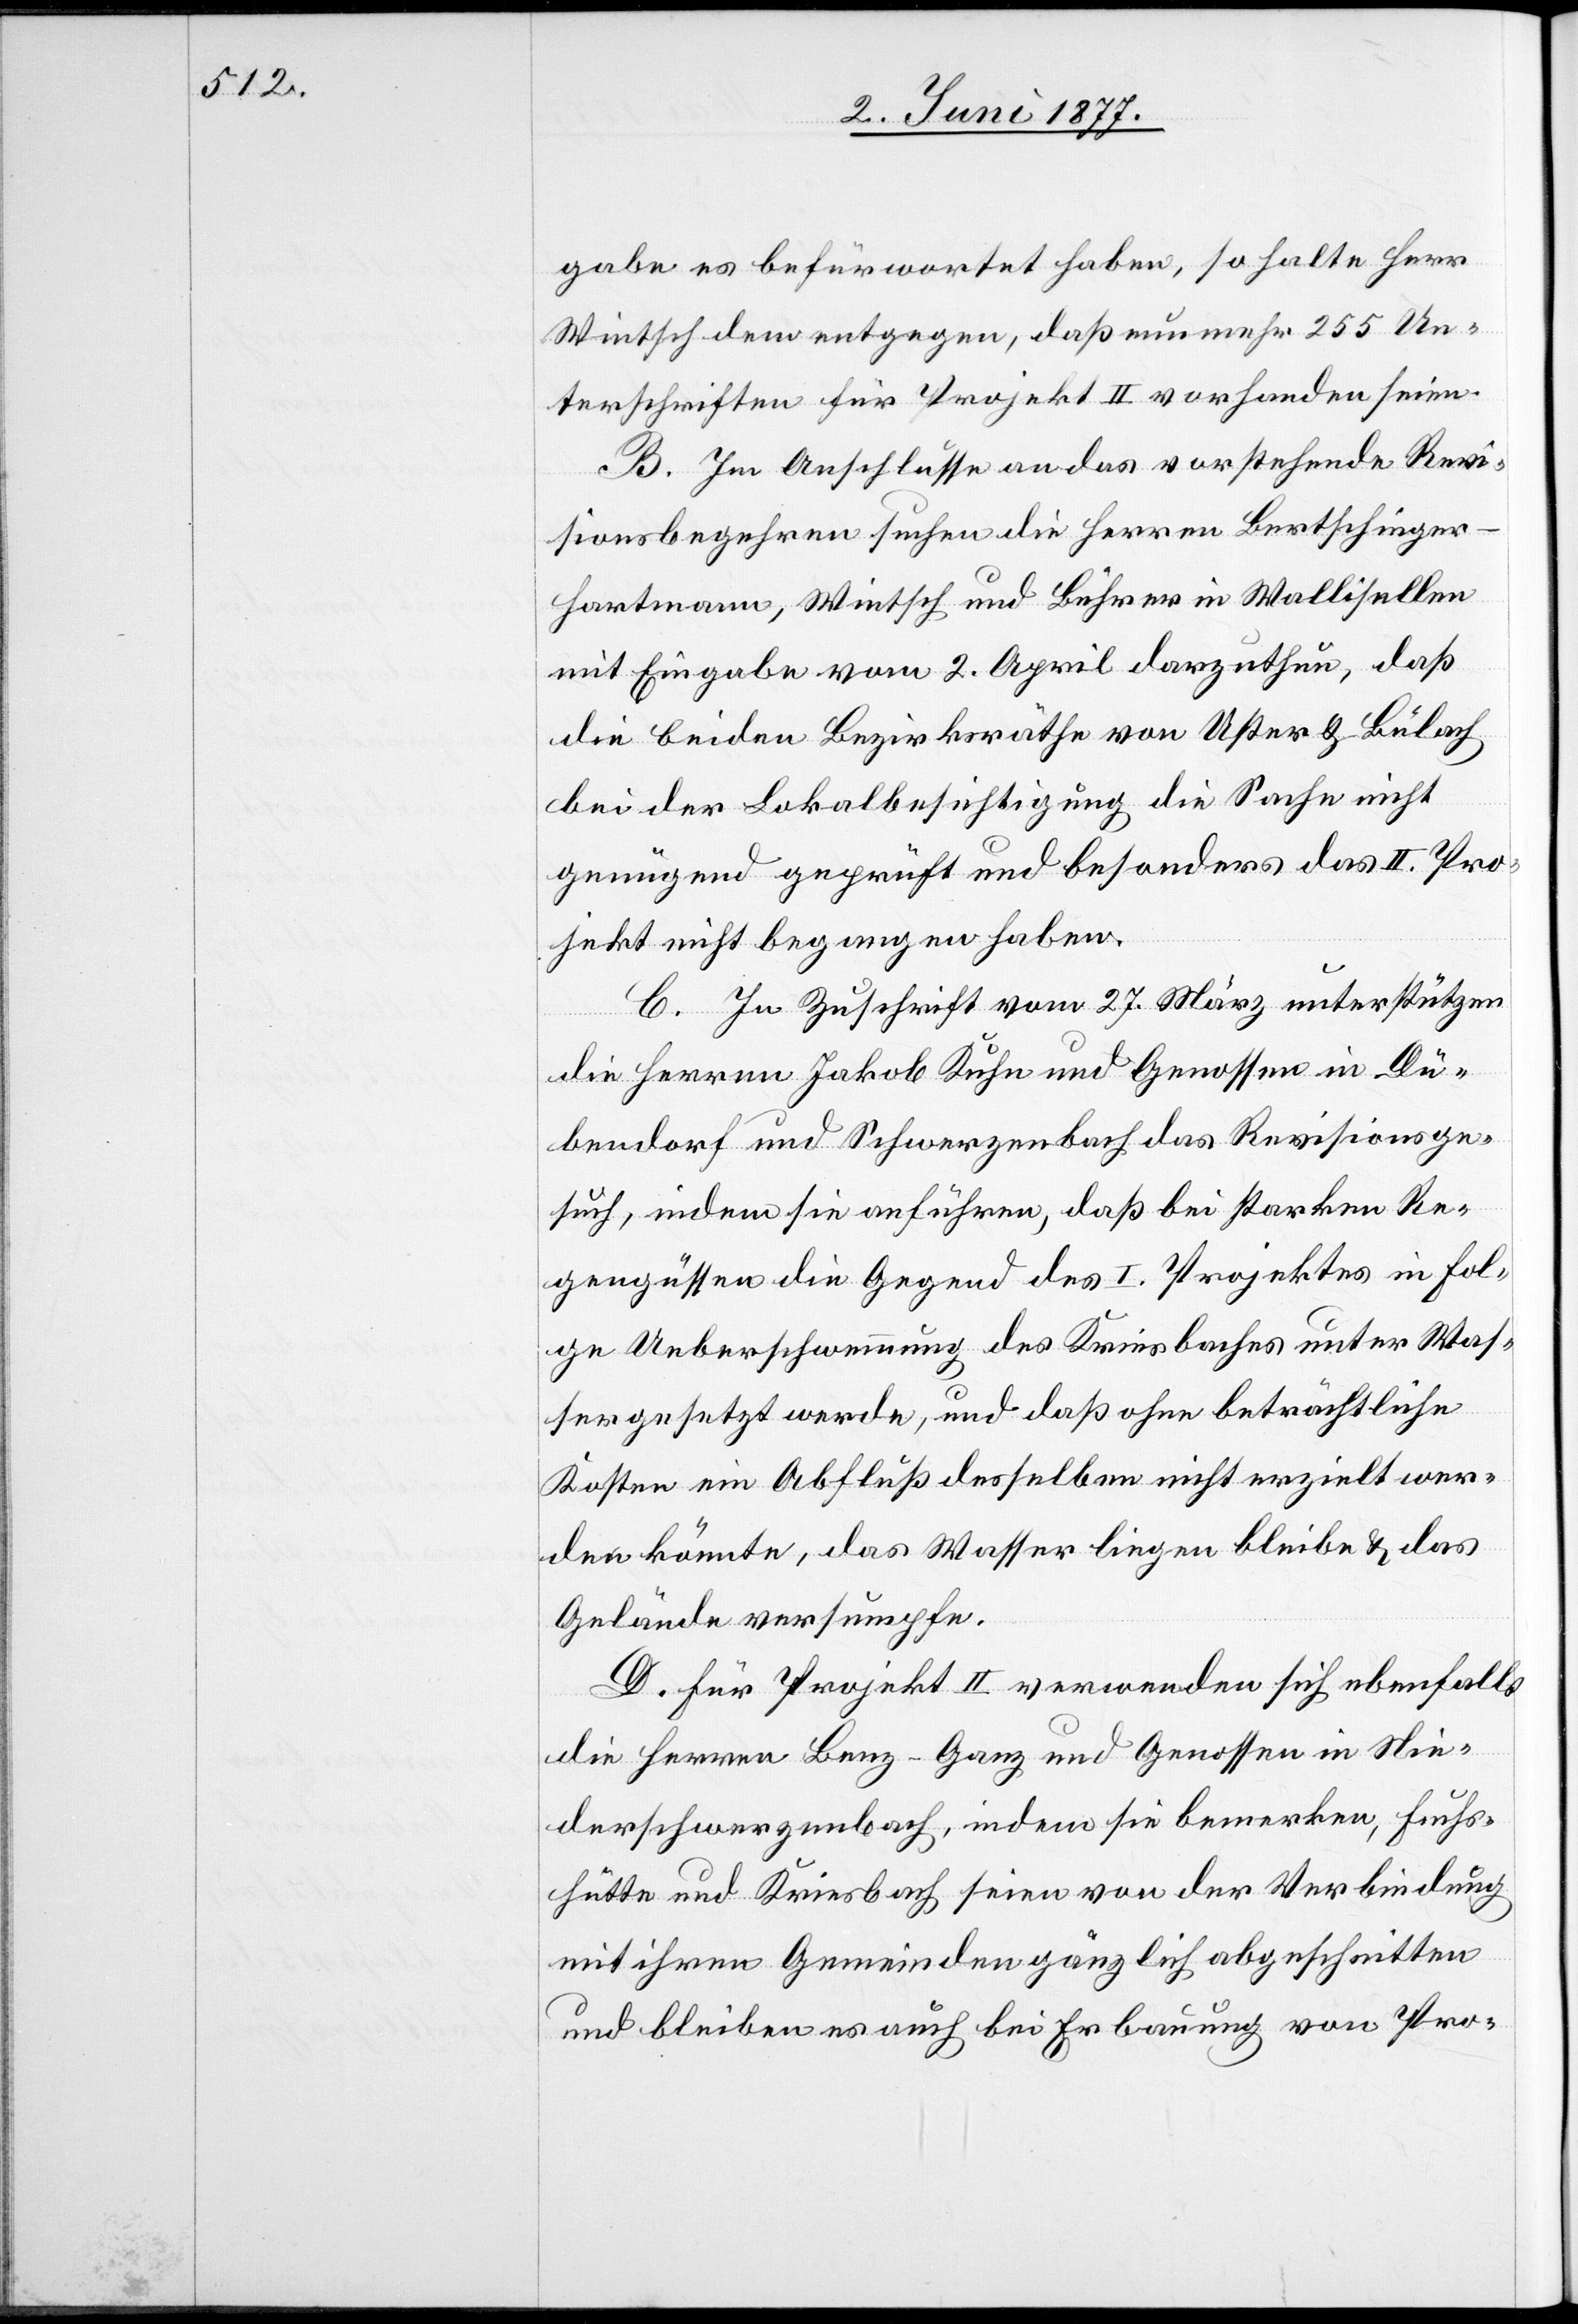
gabe es befürwortet haben, so halte Herr
Wintsch dem entgegen, daß nunmehr 255 Un¬
terschriften für Projekt II vorhanden seien.
B. Im Anschlusse an das vorstehende Revi¬
sionsbegehren suchen die Herren Bertschinge¬
r-Hartmann, Wintsch und Bührer in Wallisellen
mit Eingabe vom 2 April darzuthun, daß
die beiden Bezirksräthe von Uster & Bülach
bei der Lokalbesichtigung die Sache nicht
genügend geprüft und besonders das II. Pro¬
jekt nicht begangen haben.
C. In Zuschrift vom 27. März unterstützen
die Herren Jakob Kuhn und Genossen in Dü¬
bendorf und Schwerzenbach das Revisionsge¬
such, indem sie anführen, daß bei starken Re¬
gengüssen die Gegend des I. Projektes in Fol¬
ge Ueberschwemmung des Kriesbaches unter Was¬
ser gesetzt werden, und daß ohne beträchtliche
Kosten ein Abfluß desselben nicht erzielt wer¬
den könnte, das Wasser liegen bleibe & das
Gelände versumpfe.
D. Für Projekt II verwenden sich ebenfalls
die Herren Benz-Ganz und Genossen in Nie¬
derschwerzenbach, indem sie bemerken, Fuchs¬
hütte und Kriesbach seien von der Verbindung
mit ihren Gemeinden gänzlich abgeschnitten
und bleiben es auch bei der Erbauung von Pro-